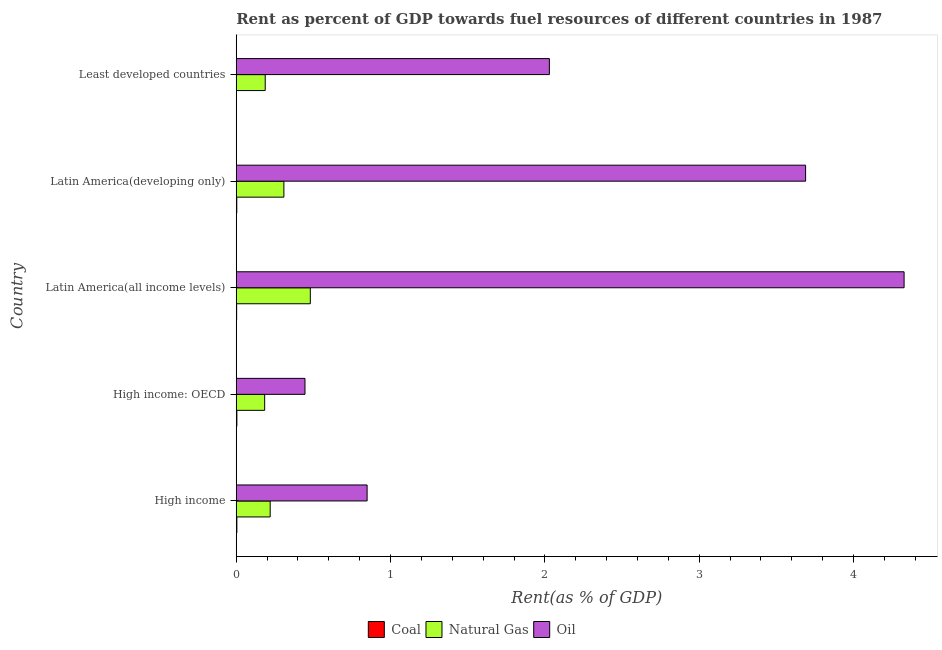
| Country | Coal | Natural Gas | Oil |
 | --- | --- | --- | --- |
 | High income | 0.00391 | 0.22 | 0.848 |
 | High income: OECD | 0.00407 | 0.184 | 0.445 |
 | Latin America(all income levels) | 0.00249 | 0.48 | 4.33 |
 | Latin America(developing only) | 0.00343 | 0.309 | 3.69 |
 | Least developed countries | 5.85e-06 | 0.188 | 2.03 |